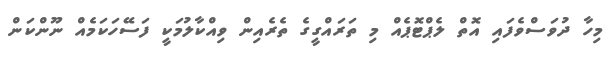
މިހާ ދުވަސްވެފައި އޮތް ލެޕްޓޮޕެއް މި ތަރައްގީގެ ތެރެއިން ވިއްކާލުމަކީ ފަސޭހަކަމެއް ނޫންކަން